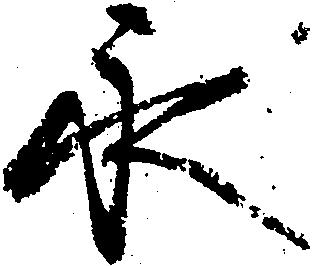
永